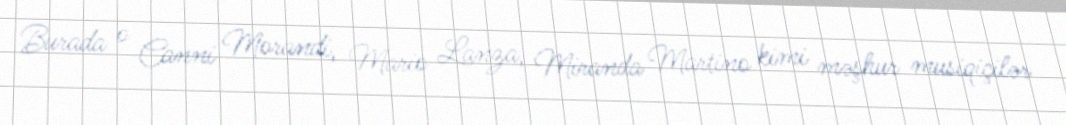
Burada o Canni Morandi, Mario Lanza, Miranda Martino kimi məşhur musiqiçilər